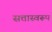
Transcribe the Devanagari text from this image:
सत्तास्वरूप